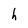
Character: h